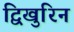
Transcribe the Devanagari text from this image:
द्विखुरिन